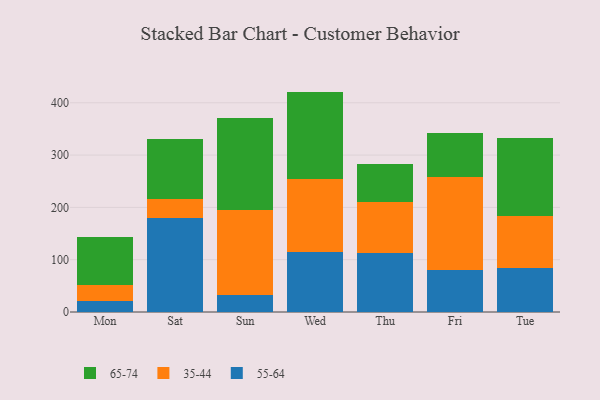
{"axis": {"x": "Day", "y": "Production Output"}, "legend": ["35-44", "55-64", "65-74"], "data": [{"x": "Mon", "y": 20.8, "type": "55-64"}, {"x": "Mon", "y": 30.7, "type": "35-44"}, {"x": "Mon", "y": 91.2, "type": "65-74"}, {"x": "Sat", "y": 179.0, "type": "55-64"}, {"x": "Sat", "y": 37.8, "type": "35-44"}, {"x": "Sat", "y": 114.7, "type": "65-74"}, {"x": "Sun", "y": 33.1, "type": "55-64"}, {"x": "Sun", "y": 162.8, "type": "35-44"}, {"x": "Sun", "y": 175.0, "type": "65-74"}, {"x": "Wed", "y": 115.2, "type": "55-64"}, {"x": "Wed", "y": 139.5, "type": "35-44"}, {"x": "Wed", "y": 166.7, "type": "65-74"}, {"x": "Thu", "y": 112.5, "type": "55-64"}, {"x": "Thu", "y": 97.0, "type": "35-44"}, {"x": "Thu", "y": 73.9, "type": "65-74"}, {"x": "Fri", "y": 80.8, "type": "55-64"}, {"x": "Fri", "y": 178.1, "type": "35-44"}, {"x": "Fri", "y": 84.2, "type": "65-74"}, {"x": "Tue", "y": 83.7, "type": "55-64"}, {"x": "Tue", "y": 99.0, "type": "35-44"}, {"x": "Tue", "y": 149.1, "type": "65-74"}]}